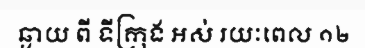
ឆ្ងាយ ពី ទីក្រុង អស់ រយៈពេល ១២